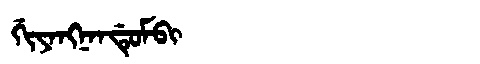
Manchu: ᡤᡳᠶᠠᠩᠨᠠᠨᡩᡠᠮᠪᡳ
Romanization: GIYANGNANDUMBI